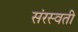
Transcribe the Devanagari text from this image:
संरस्वती